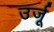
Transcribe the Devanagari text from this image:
उर्जू